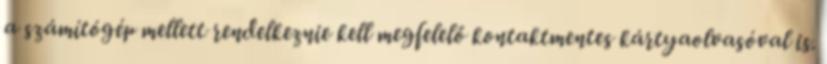
a számítógép mellett rendelkeznie kell megfelelő kontaktmentes kártyaolvasóval is.